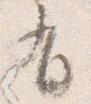
有